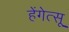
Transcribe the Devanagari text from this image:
हेंगेत्सू